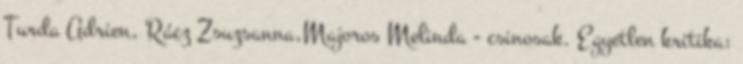
Turda Adrien, Rácz Zsuzsanna,Majoros Melinda - csinosak. Egyetlen kritika: